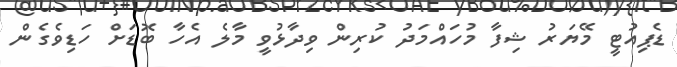
ޑެޕިއުޓީ މޭޔަރު ޝިފާ މުހައްމަދު ކުރިން ވިދާޅުވީ މާލެ އެހާ ބޮޑަށް ހަޑިވެގެން